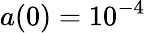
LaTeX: a(0)=10^{-4}